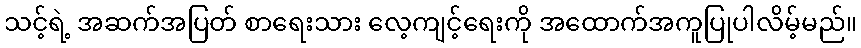
သင့်ရဲ့ အဆက်အပြတ် စာရေးသား လေ့ကျင့်ရေးကို အထောက်အကူပြုပါလိမ့်မည်။